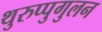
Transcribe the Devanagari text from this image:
थुरुप्पुगुलन